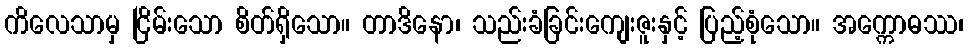
ကိလေသာမှ ငြိမ်းသော စိတ်ရှိသော။ တာဒိနော၊ သည်းခံခြင်းကျေးဇူးနှင့် ပြည့်စုံသော။ အက္ကောဓဿ၊